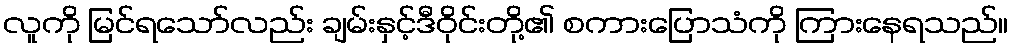
လူကို မြင်ရသော်လည်း ချမ်းနှင့်ဒီဝိုင်းတို့၏ စကားပြောသံကို ကြားနေရသည်။